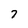
Character: 7